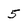
Character: 5